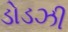
ડોડઝી